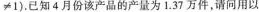
≠1)。已知4月份该产品的产量为1.37万件，请问用以